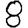
Digit: 8